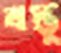
বস্তু